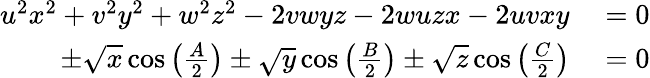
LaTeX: \begin{array}{rl}{u^{2}x^{2}+v^{2}y^{2}+w^{2}z^{2}-2vwyz-2wuzx-2uvxy}&{{}=0}\\ {\pm{\sqrt{x}}\cos\left({\frac{A}{2}}\right)\pm{\sqrt{y}}\cos\left({\frac{B}{2}}\right)\pm{\sqrt{z}}\cos\left({\frac{C}{2}}\right)}&{{}=0}\end{array}